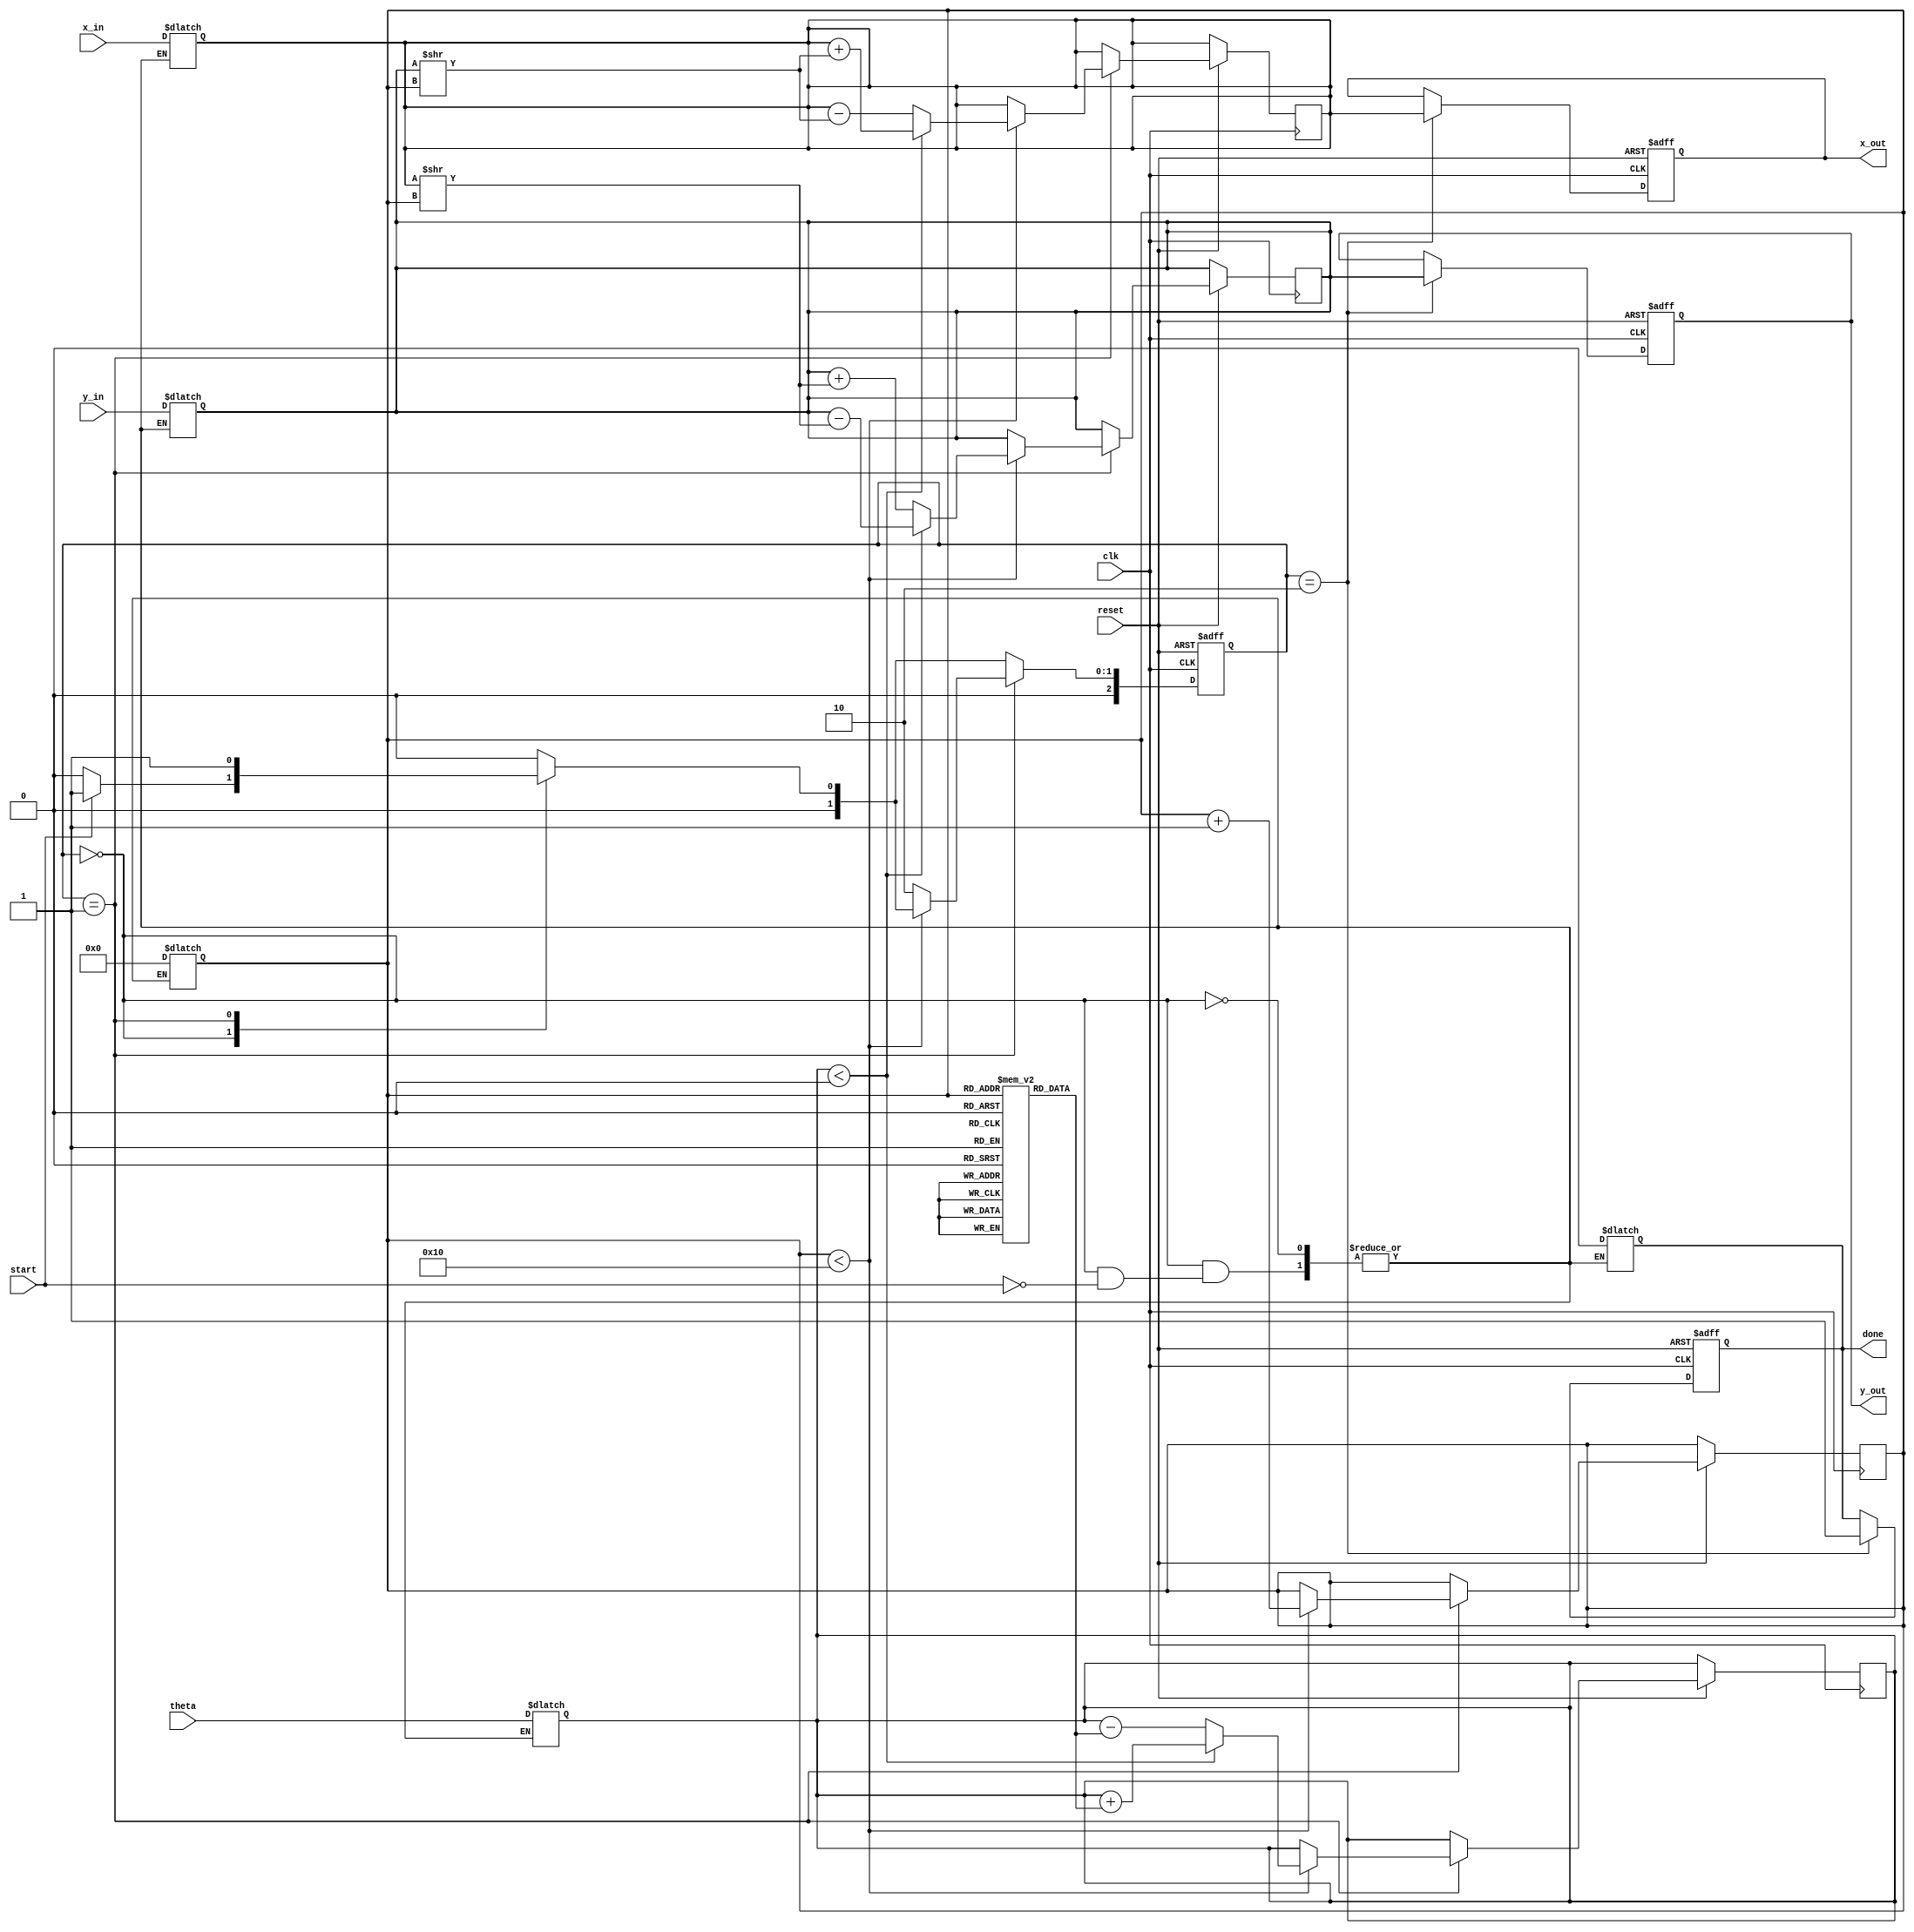
module cordic_2d (
    input wire clk,
    input wire reset,
    input wire start,
    input wire signed [15:0] x_in,  // Input X-coordinate
    input wire signed [15:0] y_in,  // Input Y-coordinate
    input wire signed [15:0] theta,  // Input angle
    output reg signed [15:0] x_out,  // Output X-coordinate
    output reg signed [15:0] y_out,  // Output Y-coordinate
    output reg done                 // Operation complete indicator
);
    
    // Parameters
    parameter N = 16;  // Number of iterations
    parameter K = 0.607253;  // Scaling factor (K)
    
    // CORDIC angle lookup table
    reg signed [15:0] angle_table [0:N-1];
    initial begin
        angle_table[0] = 16'h26DD;  // atan(2^-0)
        angle_table[1] = 16'h1D9A;  // atan(2^-1)
        angle_table[2] = 16'h12E4;  // atan(2^-2)
        angle_table[3] = 16'h0A8D;  // atan(2^-3)
        angle_table[4] = 16'h0546;  // atan(2^-4)
        angle_table[5] = 16'h02B1;  // atan(2^-5)
        angle_table[6] = 16'h0158;  // atan(2^-6)
        angle_table[7] = 16'h00A2;  // atan(2^-7)
        angle_table[8] = 16'h0051;  // atan(2^-8)
        angle_table[9] = 16'h0028;  // atan(2^-9)
        angle_table[10] = 16'h0014; // atan(2^-10)
        angle_table[11] = 16'h000A; // atan(2^-11)
        angle_table[12] = 16'h0005; // atan(2^-12)
        angle_table[13] = 16'h0002; // atan(2^-13)
        angle_table[14] = 16'h0001; // atan(2^-14)
        angle_table[15] = 16'h0000; // atan(2^-15)
    end

    reg [3:0] iteration;
    reg signed [15:0] x_reg;
    reg signed [15:0] y_reg;
    reg signed [15:0] theta_reg;

    // FSM States
    parameter IDLE = 3'b000, PROCESS = 3'b001, DONE = 3'b010;
    reg [2:0] state, next_state;

    // Arithmetic Operations
    always @(posedge clk or negedge reset) begin
        if (!reset) begin
            x_out <= 0;
            y_out <= 0;
            done <= 0;
            state <= IDLE;
        end else begin
            state <= next_state;
            if (state == PROCESS) begin
                // Iteration logic for CORDIC
                if (iteration < N) begin
                    if (theta_reg < 0) begin
                        // Rotate clockwise
                        x_reg <= x_reg + (y_reg >> iteration);
                        y_reg <= y_reg - (x_reg >> iteration);
                        theta_reg <= theta_reg + angle_table[iteration];
                    end else begin
                        // Rotate counterclockwise
                        x_reg <= x_reg - (y_reg >> iteration);
                        y_reg <= y_reg + (x_reg >> iteration);
                        theta_reg <= theta_reg - angle_table[iteration];
                    end
                    iteration <= iteration + 1;
                end else begin
                    state <= DONE;
                end
            end
            if (state == DONE) begin
                x_out <= x_reg;
                y_out <= y_reg;
                done <= 1;
            end
        end
    end

    // Control FSM
    always @(*) begin
        case (state)
            IDLE: begin
                if (start) begin
                    x_reg = x_in;
                    y_reg = y_in;
                    theta_reg = theta;
                    iteration = 0;
                    next_state = PROCESS;
                    done = 0;
                end else begin
                    next_state = IDLE;
                end
            end
            PROCESS: begin
                next_state = PROCESS;
            end
            DONE: begin
                next_state = IDLE;
            end
            default: next_state = IDLE;
        endcase
    end
endmodule